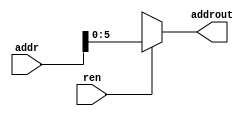

module rmemsplitter(input ren, input[63:0]addr, output reg [5:0]addrout);
    
    always @*
    begin
        if (ren)
        begin
            addrout[5:0] = addr[5:0];
        end else begin
            addrout[5:0] = 6'bxxxxxx;
        end
    end
endmodule